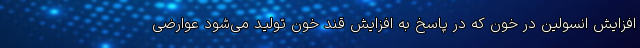
افزایش انسولین در خون که در پاسخ به افزایش قند خون تولید می‌شود عوارضی